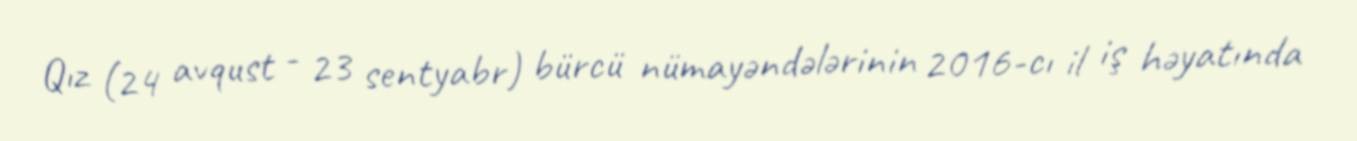
Qız (24 avqust - 23 sentyabr) bürcü nümayəndələrinin 2016-cı il iş həyatında